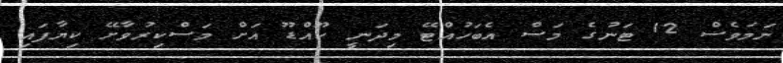
ނަމަވެސް 12 ޓަނުގެ މަސް އެބަހުއްޓޭ މިދަނީ ކޫއްޑޫ އަށް މަސްކިރުވާށޭ ކިޔާފައި